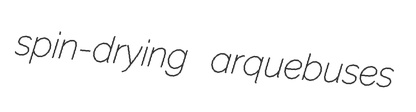
spin-drying arquebuses